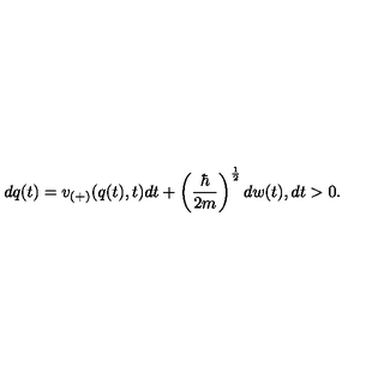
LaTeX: d q ( t ) = v _ { ( + ) } ( q ( t ) , t ) d t + \left( \frac { \hbar } { 2 m } \right) ^ { \frac { 1 } { 2 } } d w ( t ) , d t > 0 .